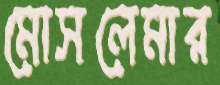
মোসলেমার